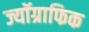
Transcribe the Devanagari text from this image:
ज्यॉग्राफिक